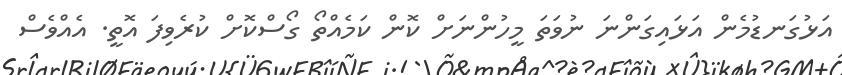
އަޅުގަނޑުމެން އަޅައިގަންނަ ނުވަތަ މީހުންނަށް ކޮން ކަމެއްތޯ ގޯސްކޮށް ކުރެވިފަ އޮތީ. އެއްވެސް